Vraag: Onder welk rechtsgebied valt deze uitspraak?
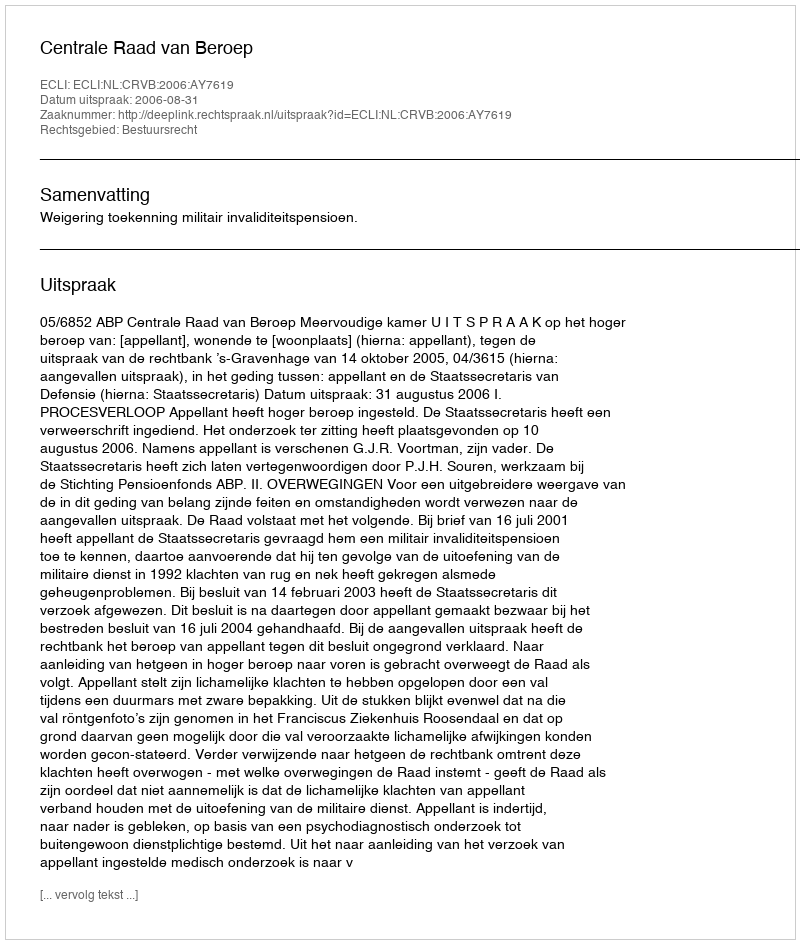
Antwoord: Bestuursrecht